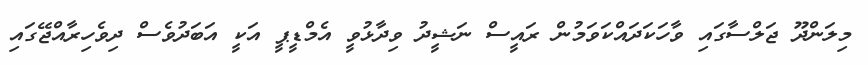
މިލަންދޫ ޖަލްސާގައި ވާހަކަދައްކަވަމުން ރައީސް ނަޝީދު ވިދާޅުވީ އެމްޑީޕީ އަކީ އަބަދުވެސް ދިވެހިރާއްޖޭގައި